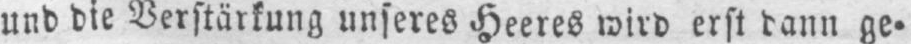
und die Verstärkung unseres Heeres wird erst dann ge⸗